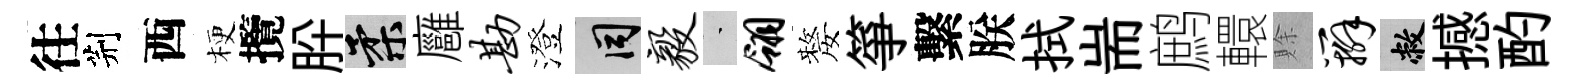
往荆西梗攬肸柔廱勘澄间毅蒙翎嫠箏繫朕拭耑鹧轘賖辫敝撼酌